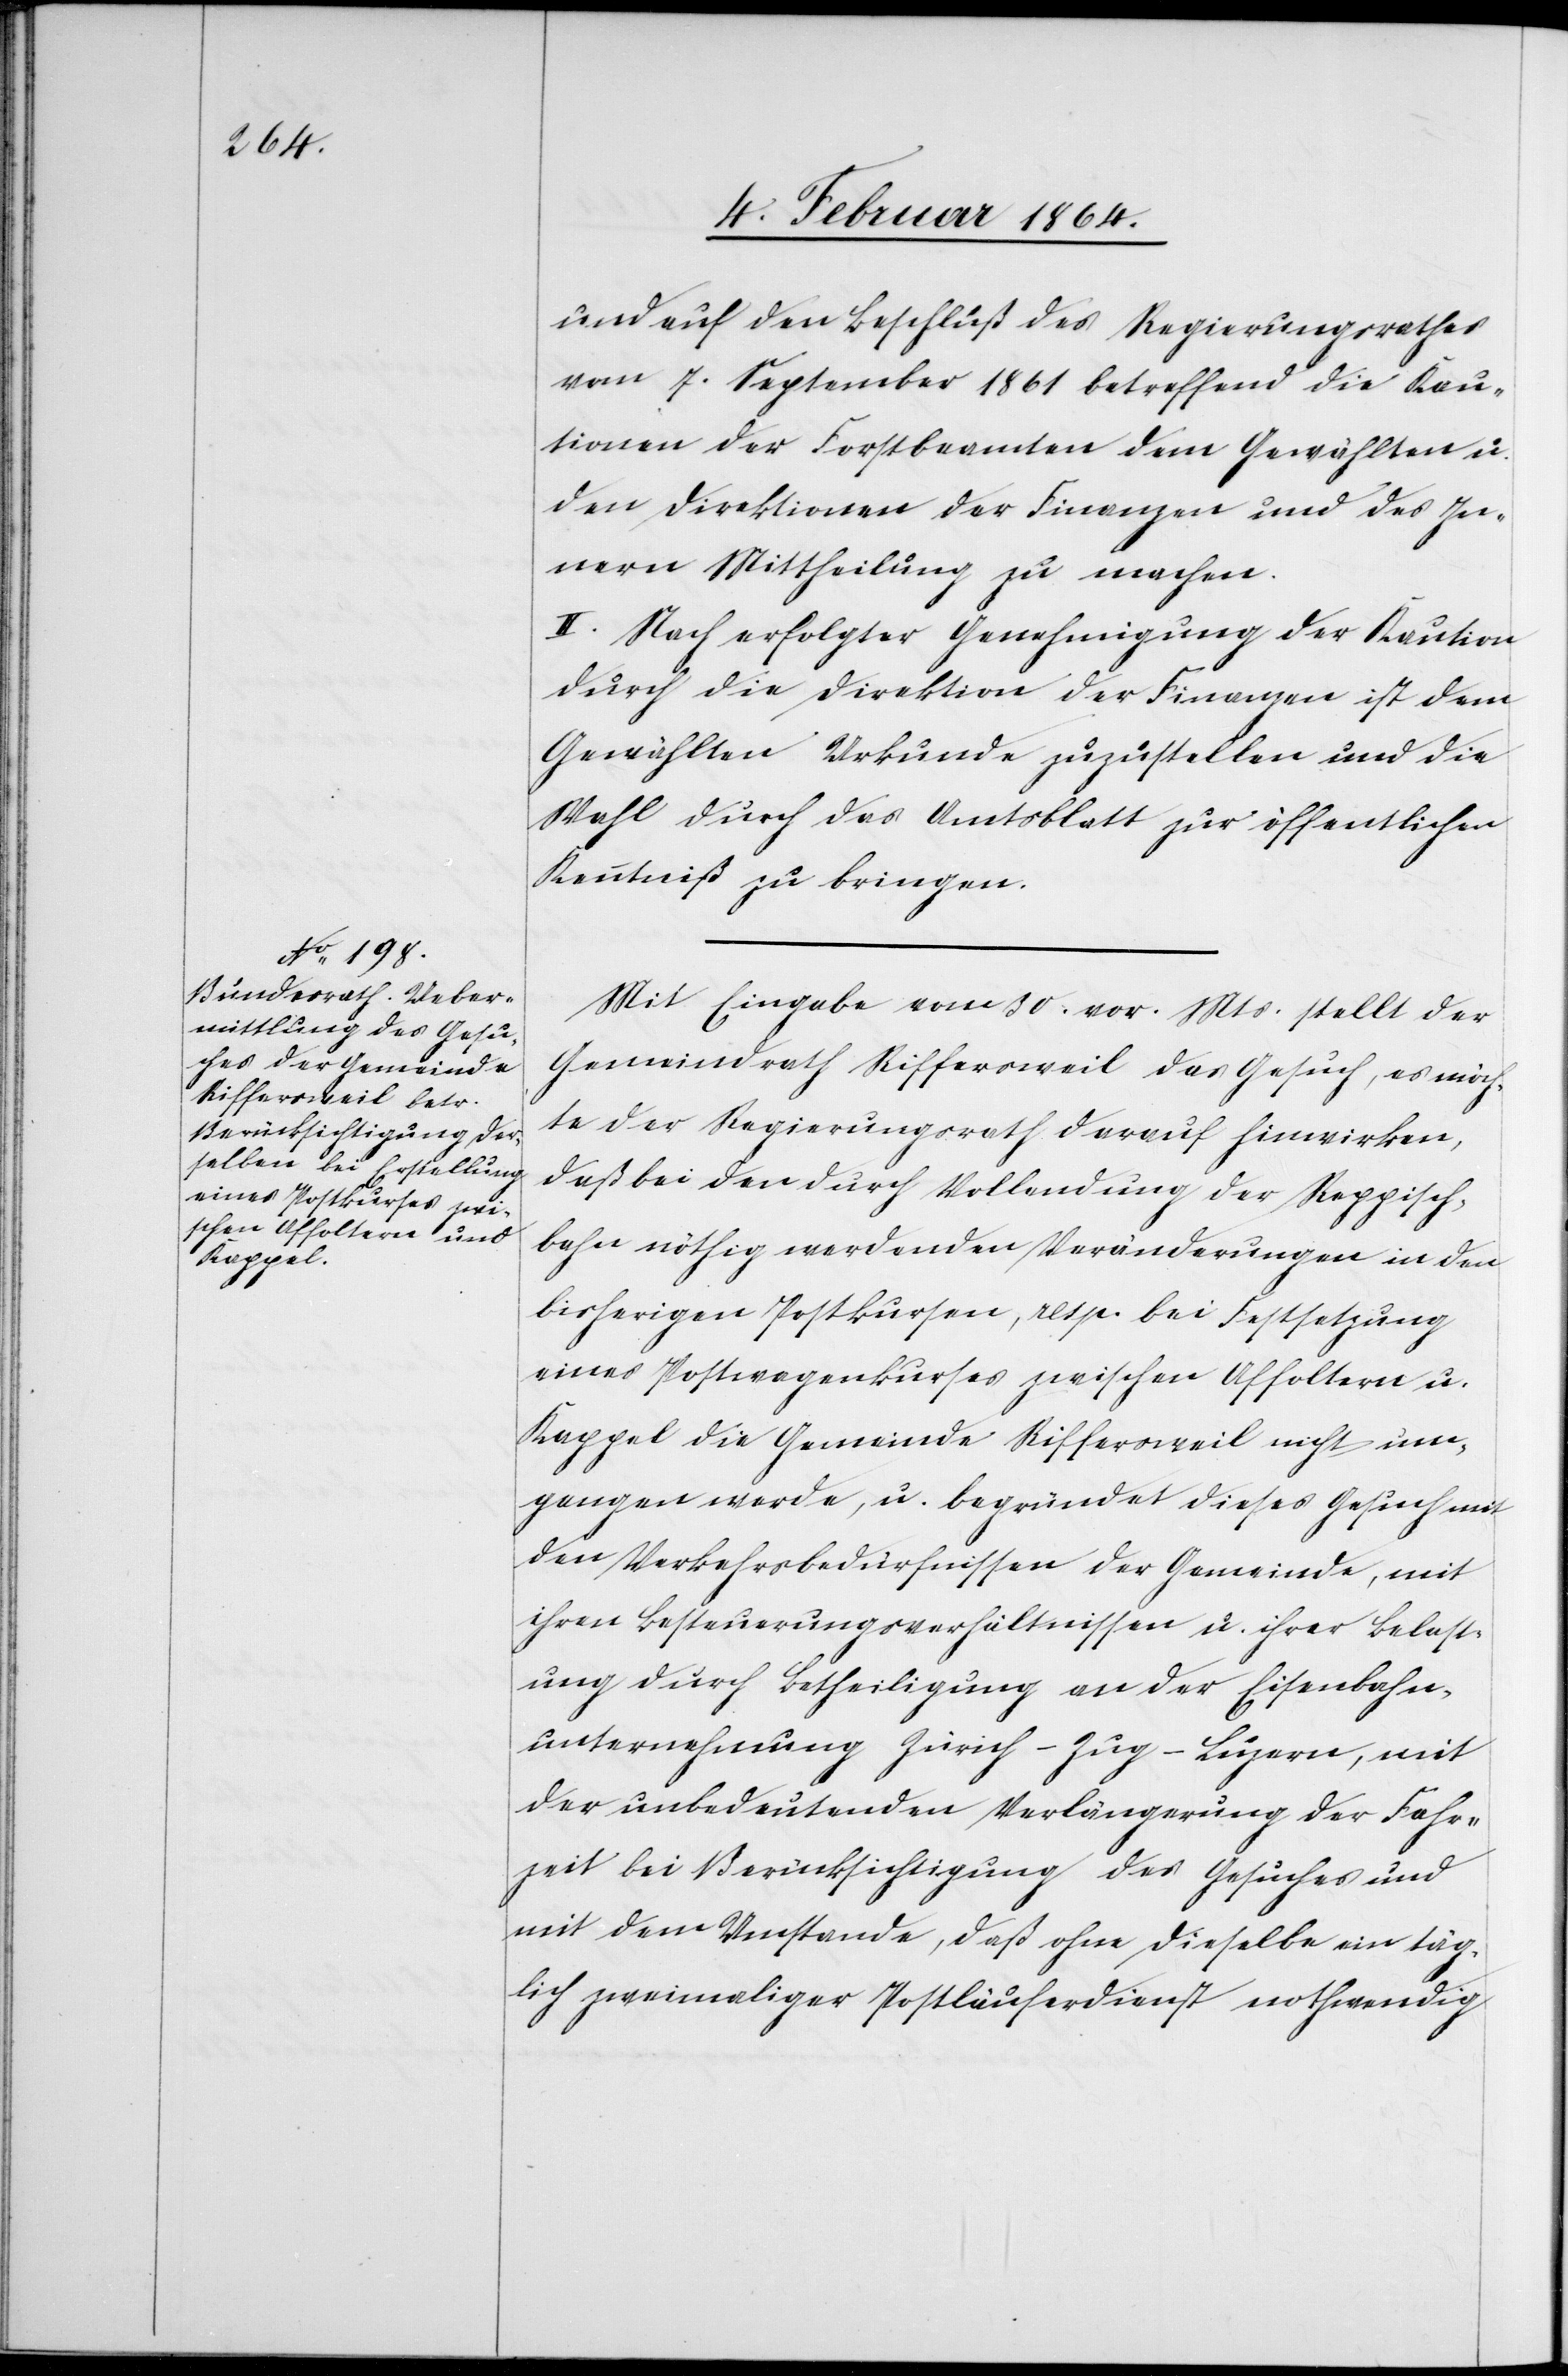
und auf den Beschluß des Regierungsrathes
vom 7. September 1861 betreffend die Kau¬
tionen der Forstbeamten dem Gewählten u.
den Direktionen der Finanzen und des In¬
nern Mittheilung zu machen.
II. Nach erfolgter Genehmigung der Kaution
durch die Direktion der Finanzen ist dem
Gewählten Urkunde zuzustellen und die
Wahl durch das Amtsblatt zur öffentlichen
Kenntniß zu bringen.
Mit Eingabe vom 30. vor. Mts. stellt der
Gemeindrath Riffersweil das Gesuch, es möch¬
te der Regierungsrath darauf hinwirken,
daß bei den durch Vollendung der Kappisch¬
bahn nöthig werdenden Veränderungen in den
bisherigen Postkursen, resp. bei Festsetzung
eines Postwagenkurses zwischen Affoltern u.
Kappel die Gemeinde Riffersweil nicht um¬
gangen werde, u. begründet dieses Gesuch mit
den Verkehrsbedürfnissen der Gemeinde, mit
ihren Besteuerungsverhältnissen u. ihrer Belast¬
ung durch Betheiligung an der Eisenbahn¬
unternehmung Zürich–Zug–Luzern, mit
der unbedeutenden Verlängerung der Fahr¬
zeit bei Berücksichtigung des Gesuches und
mit dem Umstande, daß ohne dieselbe ein täg¬
lich zweimaliger Postläuferdienst nothwendig